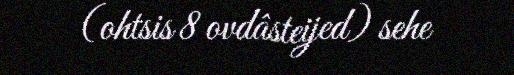
(ohtsis 8 ovdâsteijed) sehe